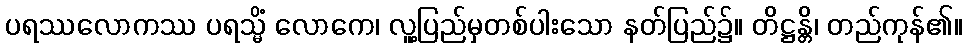
ပရဿလောကဿ ပရသ္မိံ လောကေ၊ လူ့ပြည်မှတစ်ပါးသော နတ်ပြည်၌။ တိဋ္ဌန္တိ၊ တည်ကုန်၏။